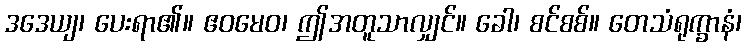
ဒဒေယျ၊ ပေးရာ၏။ ဧဝမေဝ၊ ဤအတူသာလျှင်။ ခေါ၊ စင်စစ်။ တေသံရုက္ခာနံ၊